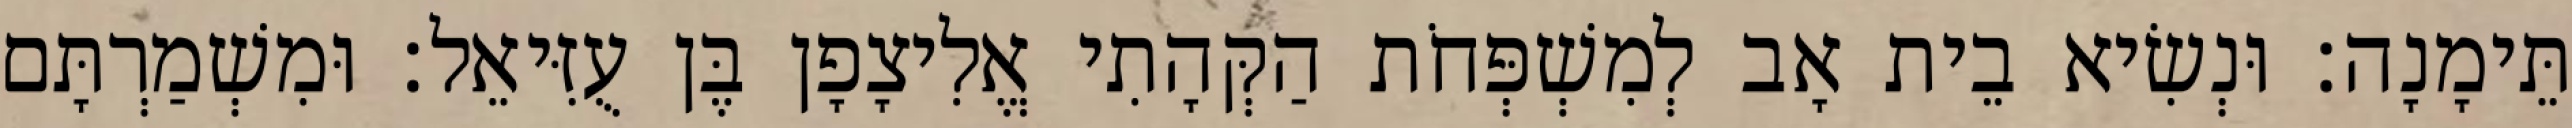
תֵּימָנָה׃ וּנְשִׂיא בֵית אָב לְמִשְׁפְּחֹת הַקְּהָתִי אֱלִיצָפָן בֶּן עֻזִּיאֵל׃ וּמִשְׁמַרְתָּם